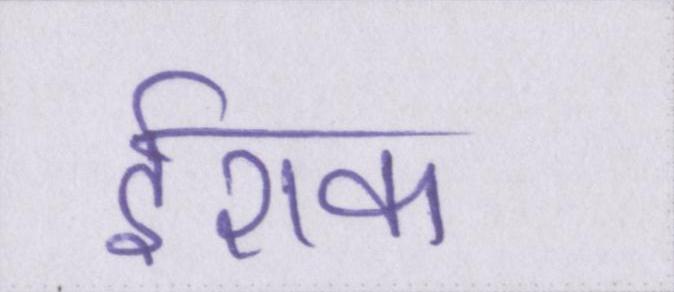
ईराक